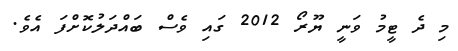
މި ދެ ޓީމު ވަނީ ޔޫރޯ 2012 ގައި ވެސް ބައްދަލުކޮށްފަ އެވެ.